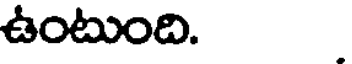
ఉంటుంది.